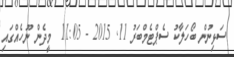
ސަޅިނުން ބޯހަލާކު ސެޕްޓެމްބަރު 11